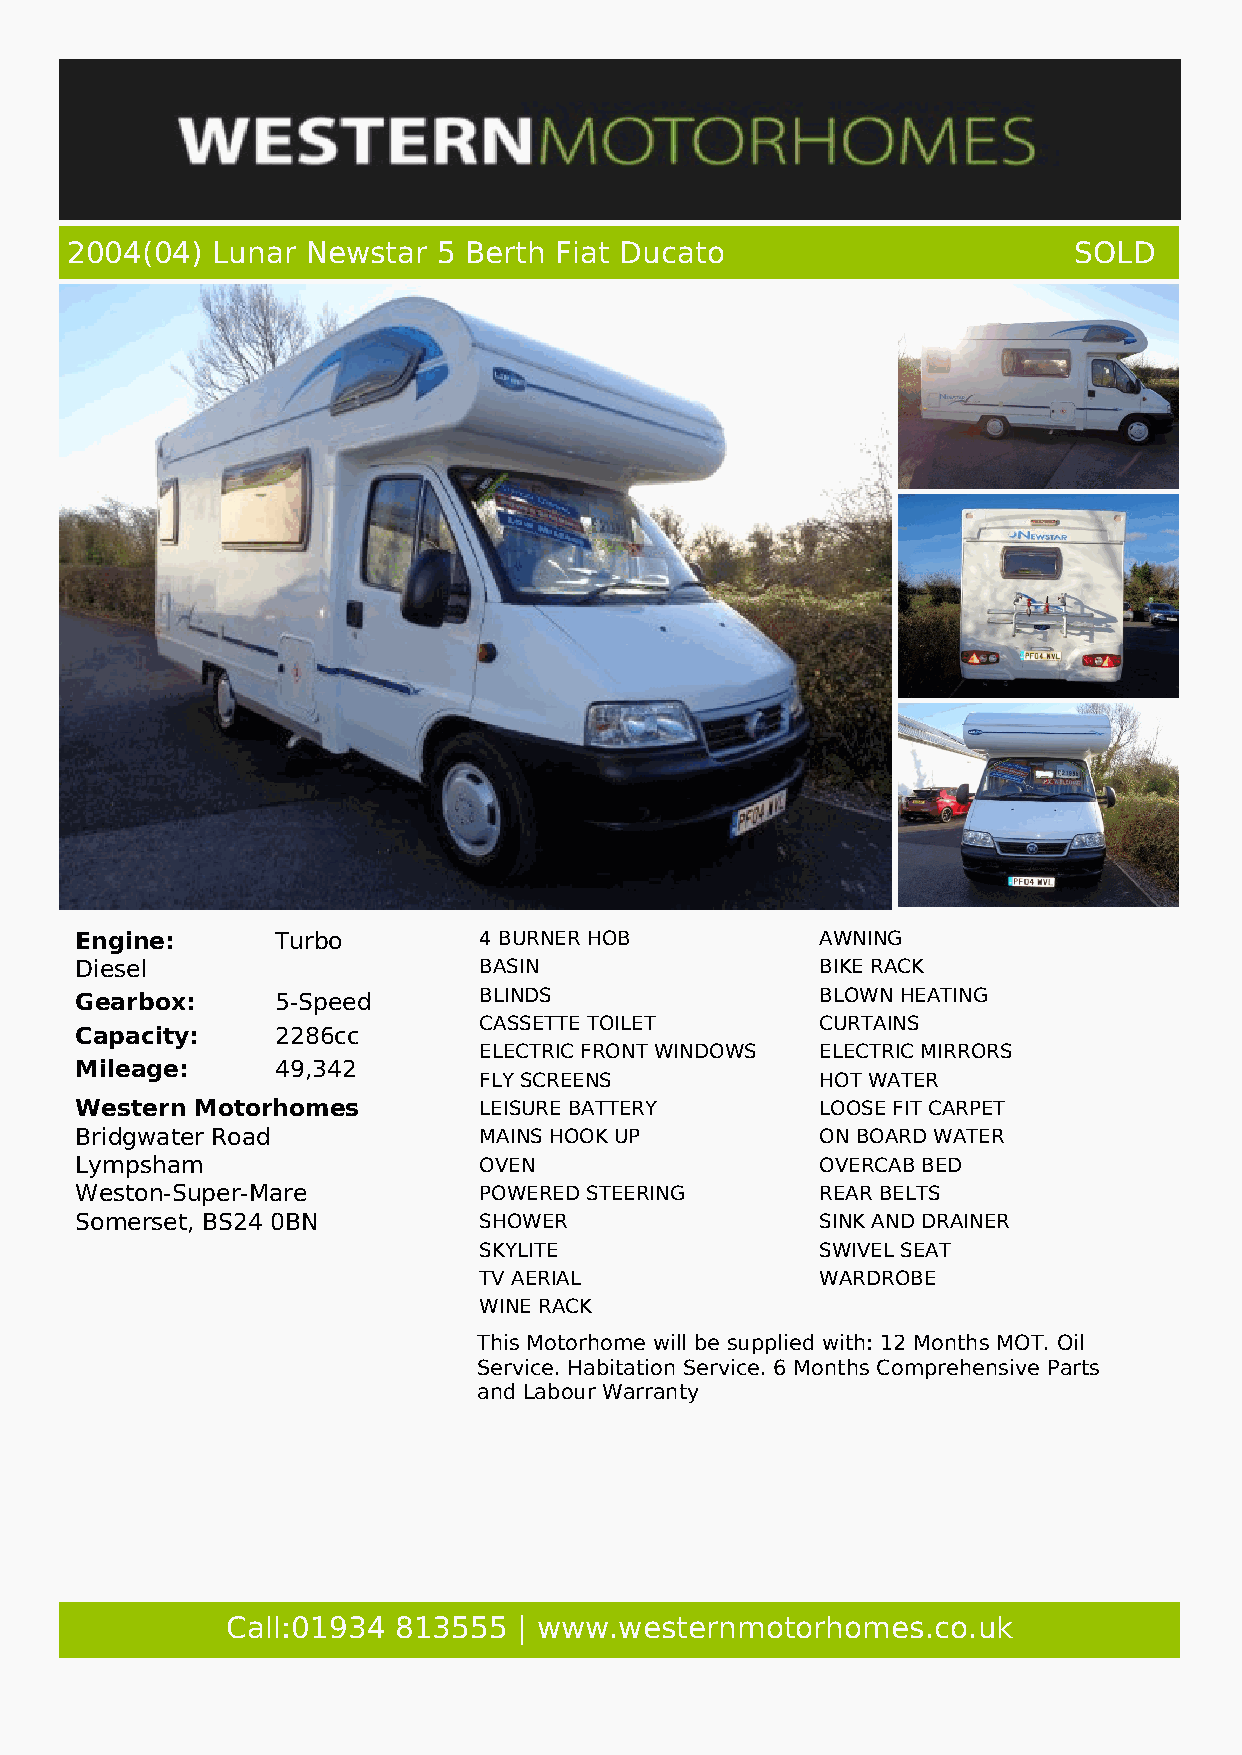
2004(04)  Lunar Newstar  5 Berth Fiat Ducato                       SOLD
 Engine:      Turbo         4 BURNER HOB          AWNING
 Diesel                     BASIN                 BIKE RACK
 Gearbox:     5-Speed       BLINDS                BLOWN HEATING
 CASSETTE TOILET       CURTAINS
 Capacity:    2286cc
 ELECTRIC FRONT WINDOWS ELECTRIC MIRRORS
 Mileage:     49,342
 FLY SCREENS           HOT WATER
 Western Motorhomes         LEISURE BATTERY       LOOSE FIT CARPET
 Bridgwater Road            MAINS HOOK UP         ON BOARD WATER
 Lympsham                   OVEN                  OVERCAB BED
 Weston-Super-Mare          POWERED STEERING      REAR BELTS
 Somerset, BS24 0BN         SHOWER                SINK AND DRAINER
 SKYLITE               SWIVEL SEAT
 TV AERIAL             WARDROBE
 WINE RACK
 This Motorhome will be supplied with: 12 Months MOT. Oil
 Service. Habitation Service. 6 Months Comprehensive Parts
 and Labour Warranty
 Call:01934 813555  | www.westernmotorhomes.co.uk